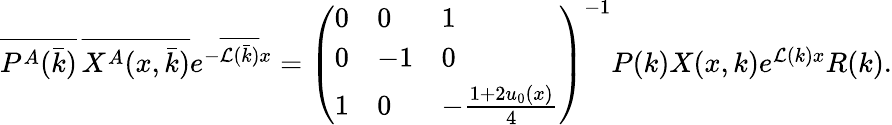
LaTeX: \begin{array}{r}{\overline{{P^{A}(\bar{k})}}\, \overline{{X^{A}(x,\bar{k})}}e^{-\overline{{\mathcal{L}(\bar{k})}}x}=\left(\begin{array}{lll}{0}&{0}&{1}\\ {0}&{-1}&{0}\\ {1}&{0}&{-\frac{1+2u_{0}(x)}{4}}\end{array}\right)^{-1}P(k)X(x,k)e^{\mathcal{L}(k)x}R(k).}\end{array}